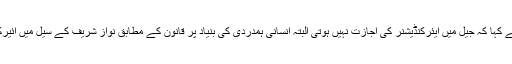
اس ضمن میں وزیر قانون پنجاب نے کہا کہ جیل میں ایئرکنڈیشنر کی اجازت نہیں ہوتی البتہ انسانی ہمدردی کی بنیاد پر قانون کے مطابق نواز شریف کے سیل میں ائیرکنڈیشنر لگانے کی اجازت دی ہے ۔